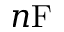
n \mathrm { F }